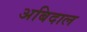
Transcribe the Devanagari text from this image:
अबिदाल